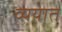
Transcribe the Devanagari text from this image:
व्ययात